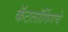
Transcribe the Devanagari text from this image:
कॅटलॉगिंगचे